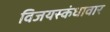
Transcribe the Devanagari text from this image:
विजयस्कंधावार